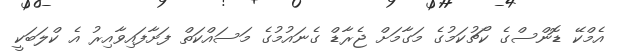
އެމްކޭ ޑޮންސްގެ ކޯޗުކަމުގެ މަގާމަށް ޖެރާޑް ގެނައުމުގެ މަސައްކަތް ފަށާފައިވާއިރު އެ ކްލަބަކީ